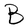
Character: B